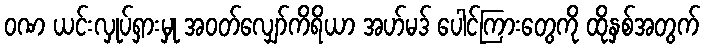
ဝဏ ယင်းလှုပ်ရှားမှု အဝတ်လျှော်ကိရိယာ အဟ်မဒ် ပေါင်ကြားတွေကို ထိုနှစ်အတွက်